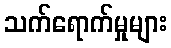
သက်ရောက်မှုများ